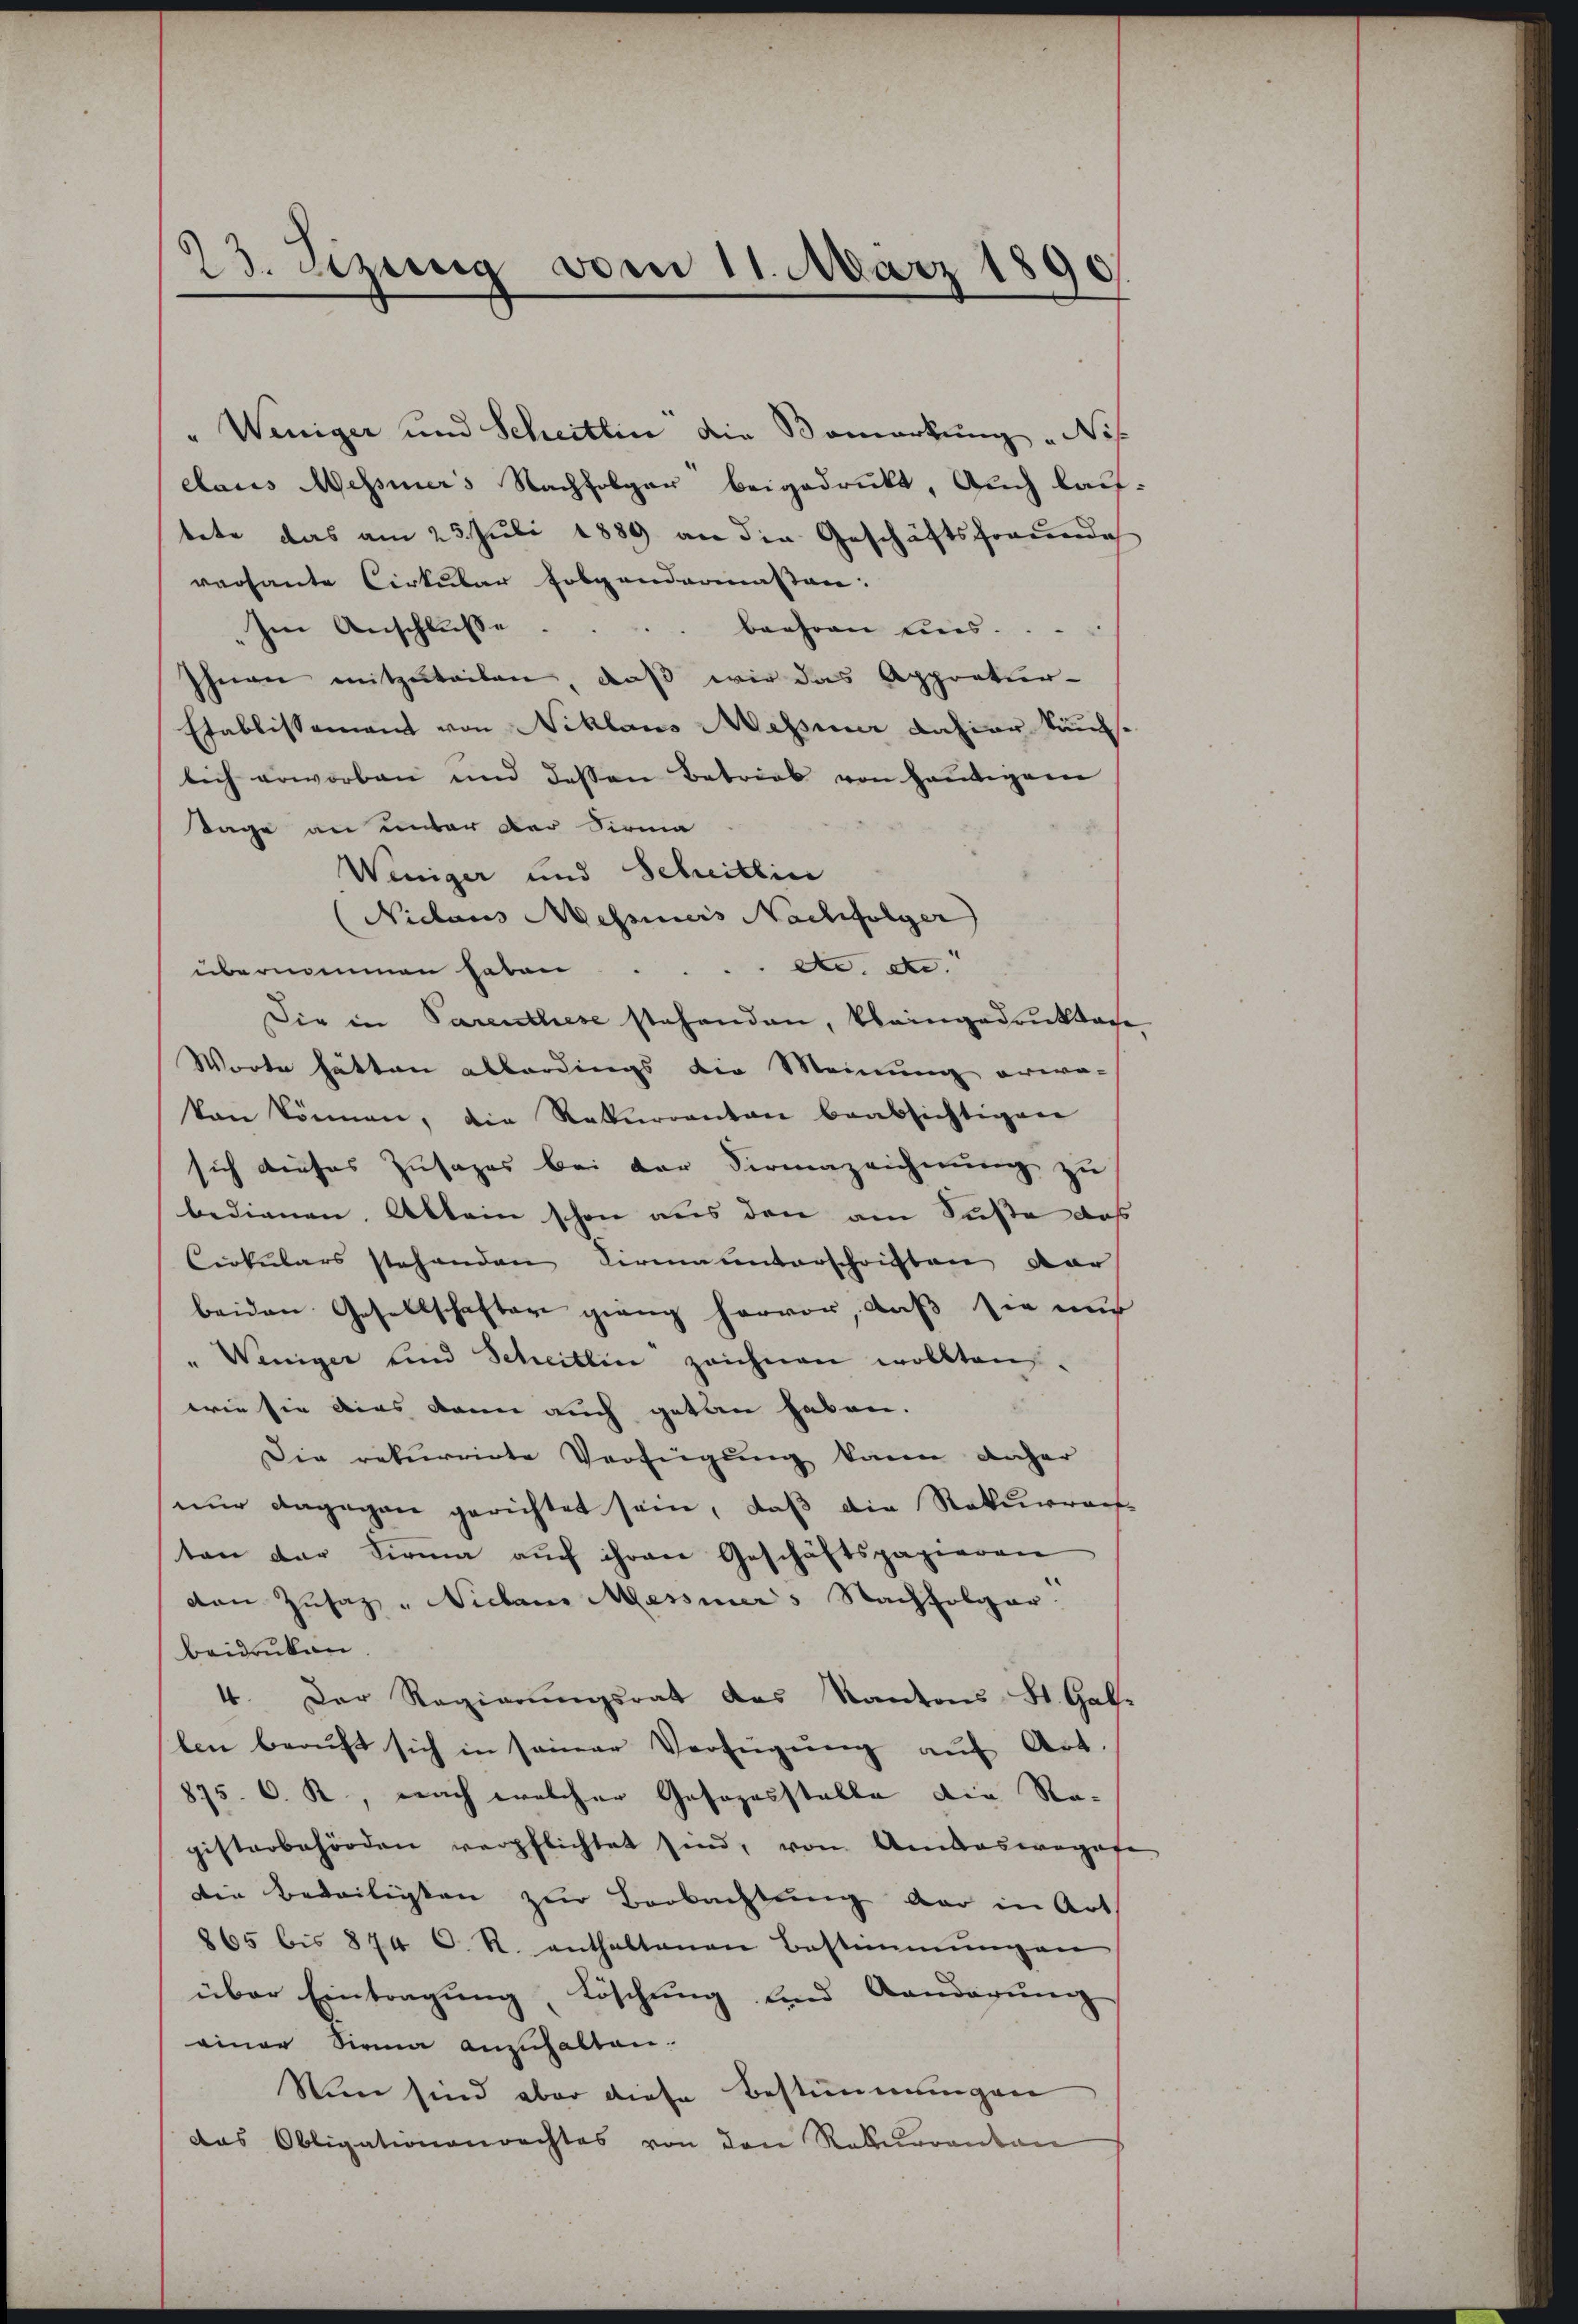
23. Sizung vom 11. März 1890

" Weniger und Scheitlin die Bemerkung Not
claus Wessiners Nachfolger beigedruckt. Auch lauf
tete das am 25. Juli 1889 an die Geschäftsfreundes
versante Cirkular folgendermassen:
Im Anschlüsse.
beehren Lins.
Ihnen mitzuteilen, daß wir das Appratur-
Etablissement von Niklaus Messeur dahier Käulich erworben und dessen Betrieb von heŭtiger
Tage an unter der Firma
Weniger und Scheitlin
(Niclaus Messiners Nachfolger
de. der
übernommen haben
Die in Parenthese stehenden, Kleingedrukten
Worte hätten allerdings die Meinung erwa-
kon können, die Rekurrenten beabsichtigen
sich dieses Zusages bei der Firmazeichnung zu
bedienen. Allein schon aus den am Suste daß
Cirkulars stehenden Firmainterschriften dar
beiden Gesellschafter gieng hervor, daß sie nur
" Weniger und Scheitlin zeichnen wollten.
wie sie dies dann auch getan haben.
Die rekurrirte Verfügung kann, daher
nur dagegen gerichtet sein, daß die Rekurrent
ten der Firma auch ihren Geschäftspapieren
den Zusatz " Vielen Messiners Nachfolger
Beidrüken.
4. Der Regierŭngsrat das Kantons St. Gal-
slen beauft sich in seiner Verfügung auf Art
875. C. R., nach welcher Gesezesstelle die Re-
gisterbehörden verpflichtet sind, von Amtswegese
die Bedailigten zur Beobachtung der in Art
865 bis 874 C. R. enthaltenen Bestimmungen
über Eintragung, Löschung und Aanderung
einer Sirna anzuhalten.
Nun sind aber diese Bestimmungen
das Obligationenrechtes von den Rekurrenten

5